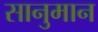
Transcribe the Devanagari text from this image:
सानुमान